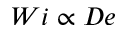
W i \propto D e